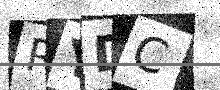
Text: RYDC